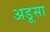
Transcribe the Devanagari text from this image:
अडूसा